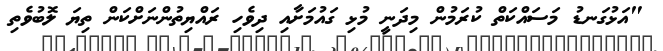
"އަޅުގަނޑު މަސައްކަތް ކުރަމުން މިދަނީ މުޅި ގައުމަށާއި ދިވެހި ރައްޔިތުންނަށްކަން ތިޔަ ލޮބުވެތި